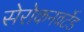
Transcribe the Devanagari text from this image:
सेरोकनवर्टेड